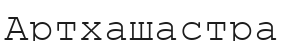
Артхашастра